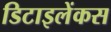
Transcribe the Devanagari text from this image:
डिटाइलेंकस